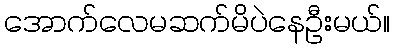
အောက်လေမဆက်မိပဲနေဦးမယ်။